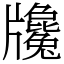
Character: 㸥